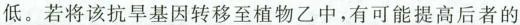
低。若将该抗旱基因转移至植物乙中，有可能提高后者的